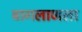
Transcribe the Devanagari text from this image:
बागलाणला